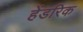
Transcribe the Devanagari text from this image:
हेंडरिक